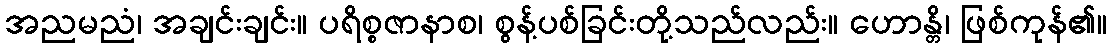
အညမညံ၊ အချင်းချင်း။ ပရိစ္စဇာနာစ၊ စွန့်ပစ်ခြင်းတို့သည်လည်း။ ဟောန္တိ၊ ဖြစ်ကုန်၏။